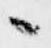
々